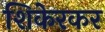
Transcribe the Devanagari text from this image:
शिकेरकर